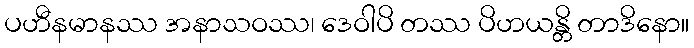
ပဟီနမာနဿ အနာသဝဿ၊ ဒေဝါပိ တဿ ပိဟယန္တိ တာဒိနော။